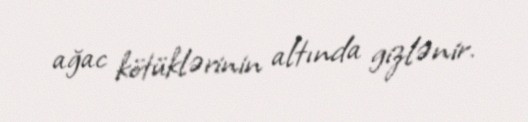
ağac kötüklərinin altında gizlənir.